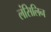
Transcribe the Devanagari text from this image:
लंसिलिन